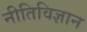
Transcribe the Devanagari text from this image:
नीतिविज्ञान